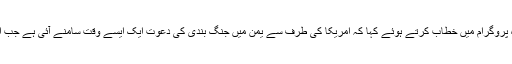
حزب اللہ کے سربراہ سید حسن نصراللہ نے یوم شہید کی مناسبت سے منعقدہ پروگرام میں خطاب کرتے ہوئے کہا کہ امریکا کی طرف سے یمن میں جنگ بندی کی دعوت ایک ایسے وقت سامنے آئی ہے جب ایک مہینے قبل یمن کے مغربی ساحل الحدیدہ پر شدید ترین حملے کئے گئے۔